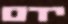
ידם